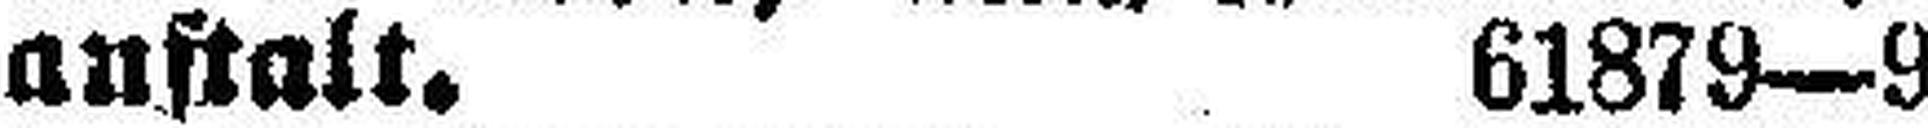
anstalt. 61879—9